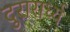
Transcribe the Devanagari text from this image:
दुरारार्ध्य